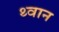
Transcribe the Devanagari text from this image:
थ्वान